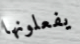
يفعلونها